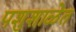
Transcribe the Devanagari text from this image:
पशुशाळेत